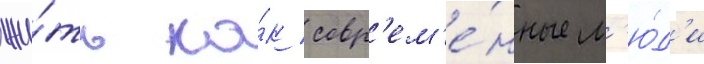
жи́ть ка́к совр'ем'е́нные л'ю́д'и